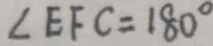
\angle E F C = 1 8 0 ^ { \circ }